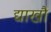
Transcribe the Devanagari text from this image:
द्याखौ